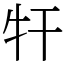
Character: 㸩